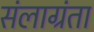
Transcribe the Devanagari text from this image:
संलाग्रंता